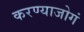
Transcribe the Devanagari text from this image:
करण्याजोगं